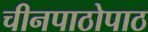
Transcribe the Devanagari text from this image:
चीनपाठोपाठ